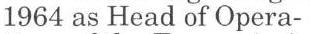
1964 as Head of Opera-